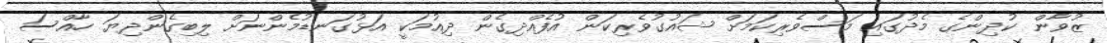
ޒުވާން ކުދިންގެ މެދުގައި މަސްވެރިކަމަށް ޝައުގުވެރިކަން އުފެއްދިގެން ދިއުމަކީ އަޅުގަނޑުމެންނަށް ލިބިގެންދިޔަ ހާއްސަ